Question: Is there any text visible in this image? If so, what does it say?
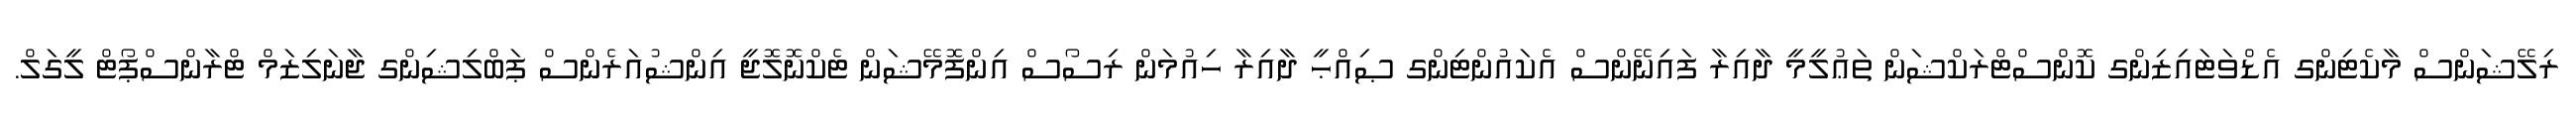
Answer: ރިލޭޝަންސް މާކެޓިންގ އެޑްވަޓައިޒިންގ ކޮންސްޓްރަކްޝަން ތަޢުލީމީ ދާއިރާ ފައިނޭންސް އެކައުންޓިންގ ޞިއްޙީ ދާއިރާ ހިއުމަން ރިސޯސް އިންފޮމޭޝަން ޓެކްނޮލޮޖީ އިންޝުއަރެންސް ޕަބްލިޝިންގ ޖާނަލިޒަމް ޓްރާންސްޕޯޓް ލީގަލް.